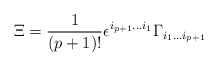
\begin{align*}\Xi = {1\over (p+1)!}\epsilon^{i_{p+1}\dots i_1}\Gamma_{i_1\dots i_{p+1}}\end{align*}